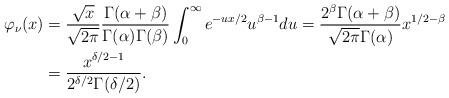
LaTeX: \begin{align*}\varphi_\nu(x) & = \frac{\sqrt x}{\sqrt{2\pi}}\frac{\Gamma(\alpha+\beta)}{\Gamma(\alpha)\Gamma(\beta)}\int_0^\infty e^{-ux/2}u^{\beta-1}du = \frac{2^{\beta}\Gamma(\alpha+\beta)}{\sqrt{2\pi}\Gamma(\alpha)}x^{1/2-\beta}\\& = \frac{x^{\delta/2-1}}{2^{\delta/2}\Gamma(\delta/2)}.\end{align*}